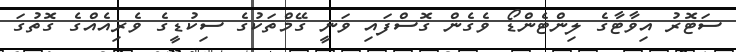
ސަޓޮރު އިވާޓާގެ ލިންޓެންޑޯ ވެގެން ގޮސްފައި ވަނީ ގޭމްތަކުގެ ސިކުޑީގެ ވެރިއެއްގެ ގޮތުގަ